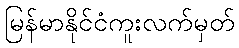
မြန်မာနိုင်ငံကူးလက်မှတ်